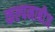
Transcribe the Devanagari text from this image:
कल्पनाबीज